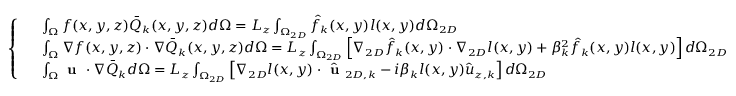
\small \left\{ \begin{array} { r l } & { \int _ { \Omega } f ( x , y , z ) \bar { Q } _ { k } ( x , y , z ) d \Omega = L _ { z } \int _ { \Omega _ { 2 D } } \hat { f } _ { k } ( x , y ) l ( x , y ) d \Omega _ { 2 D } } \\ & { \int _ { \Omega } \nabla f ( x , y , z ) \cdot \nabla \bar { Q } _ { k } ( x , y , z ) d \Omega = L _ { z } \int _ { \Omega _ { 2 D } } \left[ \nabla _ { 2 D } \hat { f } _ { k } ( x , y ) \cdot \nabla _ { 2 D } l ( x , y ) + \beta _ { k } ^ { 2 } \hat { f } _ { k } ( x , y ) l ( x , y ) \right] d \Omega _ { 2 D } } \\ & { \int _ { \Omega } \textbf { u } \cdot \nabla \bar { Q } _ { k } d \Omega = L _ { z } \int _ { \Omega _ { 2 D } } \left[ \nabla _ { 2 D } l ( x , y ) \cdot \hat { \textbf { u } } _ { 2 D , k } - i \beta _ { k } l ( x , y ) \hat { u } _ { z , k } \right] d \Omega _ { 2 D } } \end{array} \right.